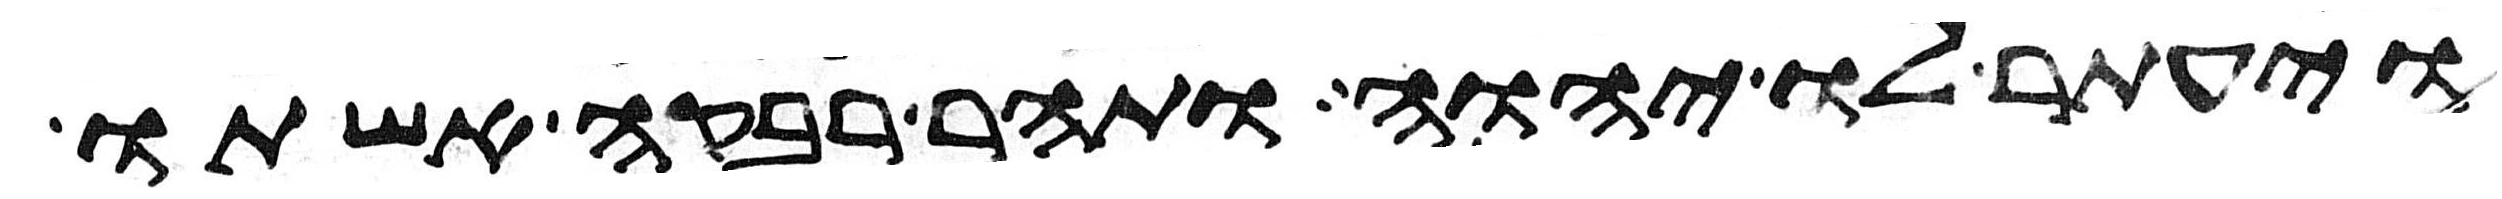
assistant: ויעתר לו יהוה ותהר רבקה אשתו